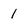
Character: I